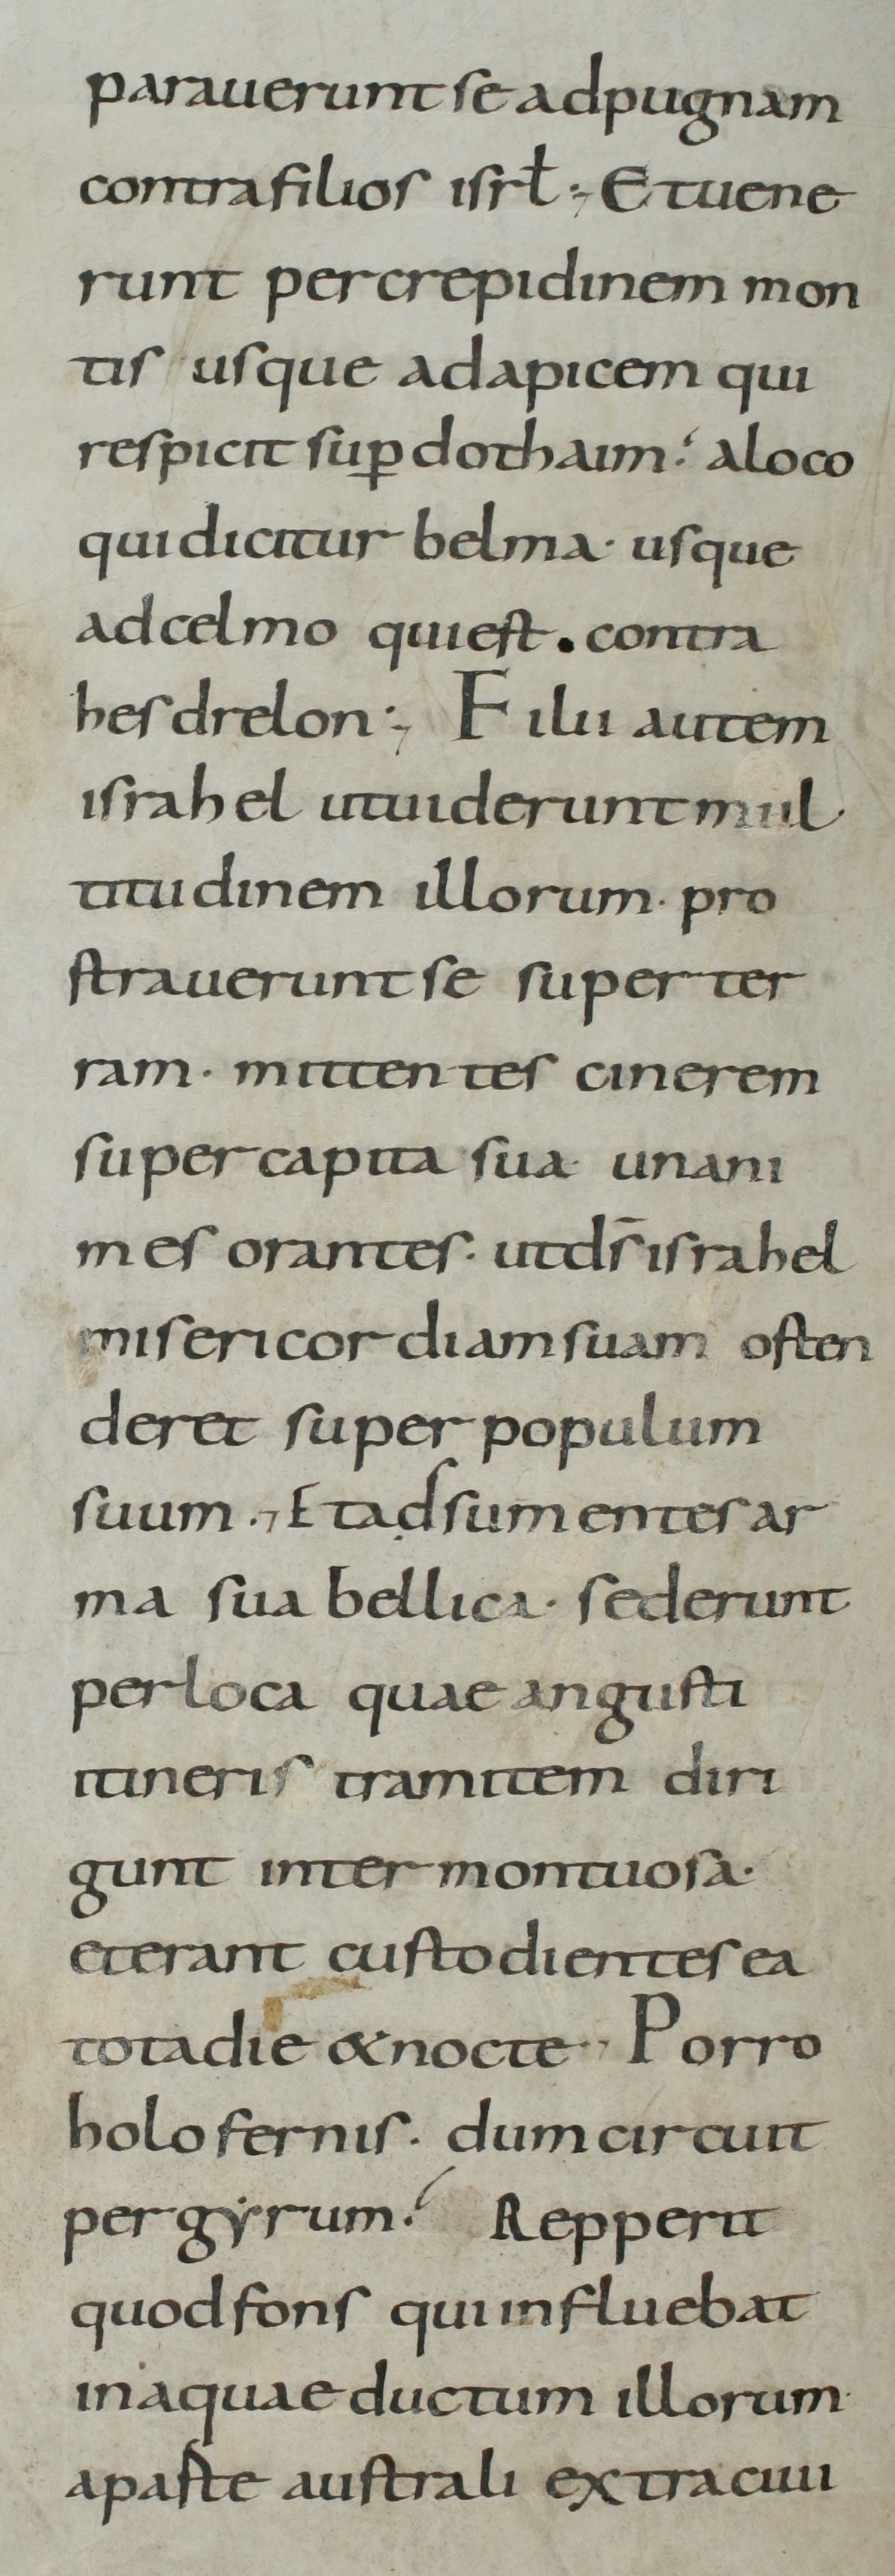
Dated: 800–899